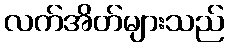
လက်အိတ်များသည်